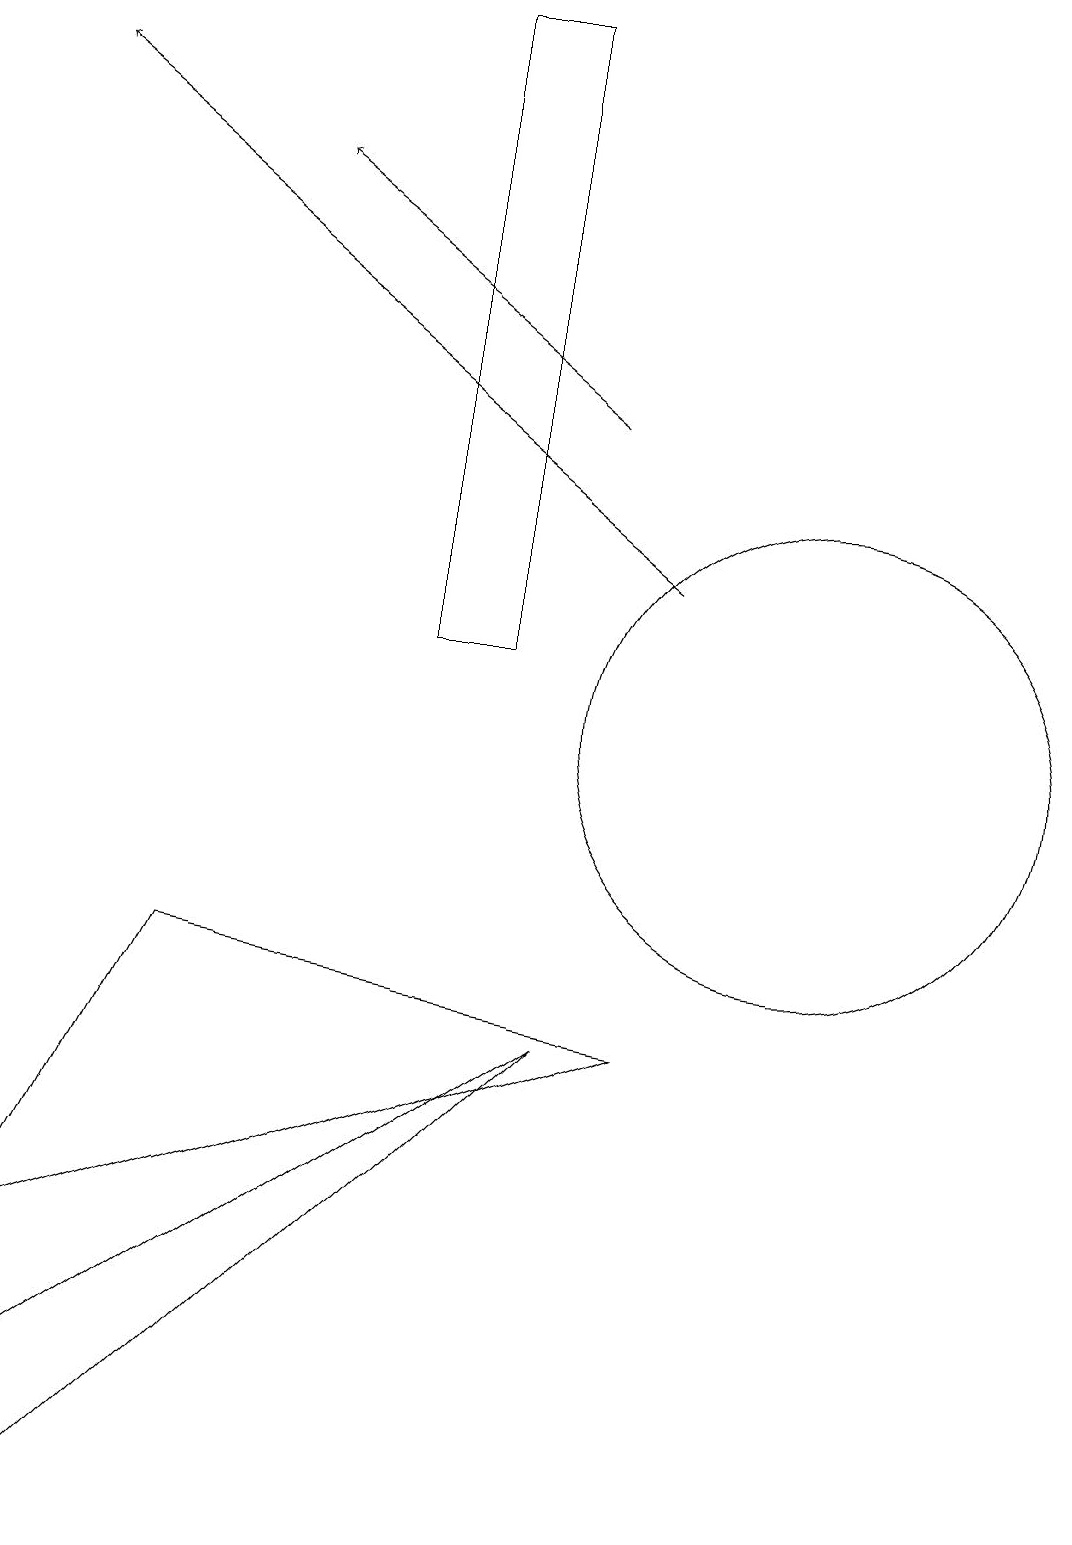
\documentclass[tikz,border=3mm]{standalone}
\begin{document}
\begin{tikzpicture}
\draw (0,3) -- (8,6) -- (2,7) -- cycle;
\draw (1,0) -- (0,1) -- (7,6) -- cycle;
\draw[->] (7,14) -- (3,17);
\draw (6,19) rectangle (5,11);
\draw (10,10) circle (3);
\draw[->] (8,12) -- (0,18);
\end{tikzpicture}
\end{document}